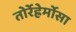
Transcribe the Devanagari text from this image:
तोर्रेह्रेर्मोसा